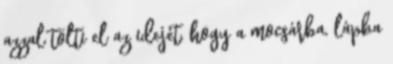
azzal tölti el az idejét, hogy a mocsárba, lápba